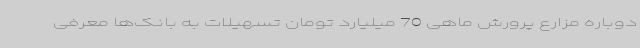
دوباره مزارع پرورش ماهی 70 میلیارد تومان تسهیلات به بانک‌ها معرفی